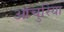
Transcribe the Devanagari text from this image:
आंचुरिया